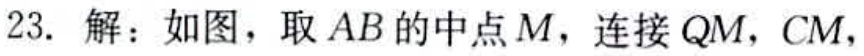
23. 解：如图，取 \(AB\) 的中点 \(M\)，连接 \(QM\)，\(CM\)，